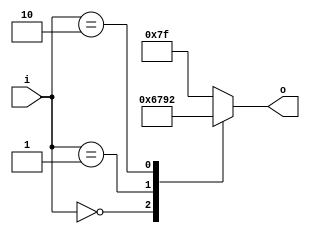
module ProjectSeven(
input [1:0]i,
output reg [6:0]o
);


// HEX out - rewire DE2
//  ---a---
// |       |
// f       b
// |       |
//  ---g---
// |       |
// e       c
// |       |
//  ---d---

always @(*)
begin
	case (i)	    // abcdefg
	2'd0: o = 7'b0000001;
   2'd1: o = 7'b1001111;
   2'd2: o = 7'b0010010;
  
    default: o = 7'b1111111;

	endcase
end

endmodule